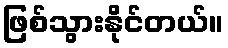
ဖြစ်သွားနိုင်တယ်။